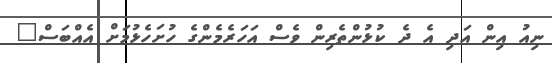
ނިއު އިން އަދި އެ ދެ ކުޅުންތެރިން ވެސް އަހަރެމެންގެ ހުށަހެޅުމަށް އެއްބަސް"